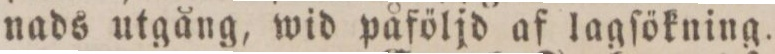
nads utgång, wid påföljd af lagſökning.